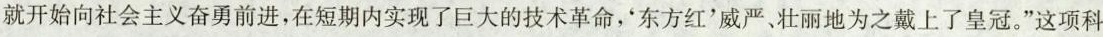
就开始向社会主义奋勇前进，在短期内实现了巨大的技术革命，东方红'威严、壮丽地为之戴上了皇冠。”这项科